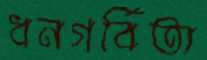
ধনগর্বিতা